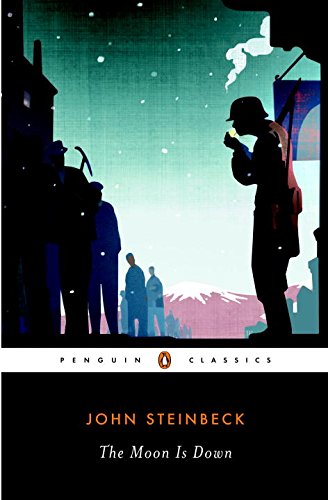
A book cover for The Moon Is Down; John Steinbeck; Literature & Fiction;